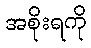
အစိုးရကို